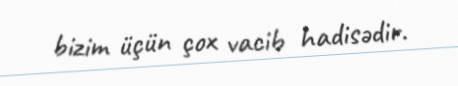
bizim üçün çox vacib hadisədir.